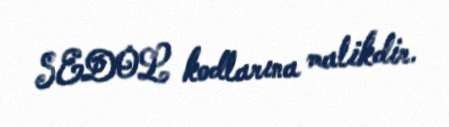
SEDOL kodlarına malikdir.